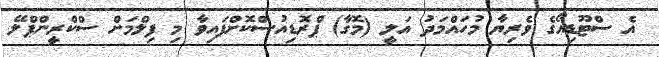
އެ ސްޓޫޑިއޯގެ ވެރިޔާ މުހައްމަދު އަލީ (މޮގާ) ޕްރޮޑިއުސްކޮށްފައިވާ މި ފިލްމަށް ސްކްރީންޕްލޭ